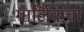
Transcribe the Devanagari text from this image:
गार्लिकचा